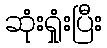
ဆုံးရှုံးပြီး